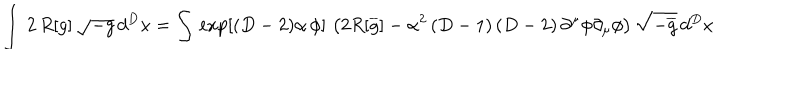
LaTeX: \int \, 2 \, R [ g ] \, \sqrt { - g } \, d ^ { D } x = \int \, \exp \left[ ( D - 2 ) \alpha \, \phi \right] \, \left( 2 R [ \overline { { { g } } } ] - \alpha ^ { 2 } \left( D - 1 \right) \left( D - 2 \right) \partial ^ { \mu } \phi \partial _ { \mu } \phi \right) \sqrt { - \overline { { { g } } } } \, d ^ { D } x